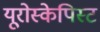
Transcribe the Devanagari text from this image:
यूरोस्केपिस्ट